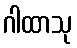
ဂါထာသု